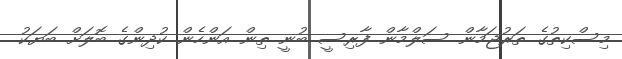
މިސްކިތުގެ ތަރުޖަމާން ސަލްމާން ފާރިސީ ބުނީ ތިން އަންހެން ކުދިންގެ ބޮލަށް ބަޔަކު